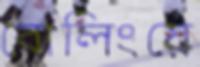
বোলিংয়ে